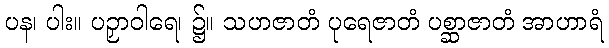
ပန၊ ပါး။ ပဉှာဝါရေ၊ ၌။ သဟဇာတံ ပုရေဇာတံ ပစ္ဆာဇာတံ အာဟာရံ